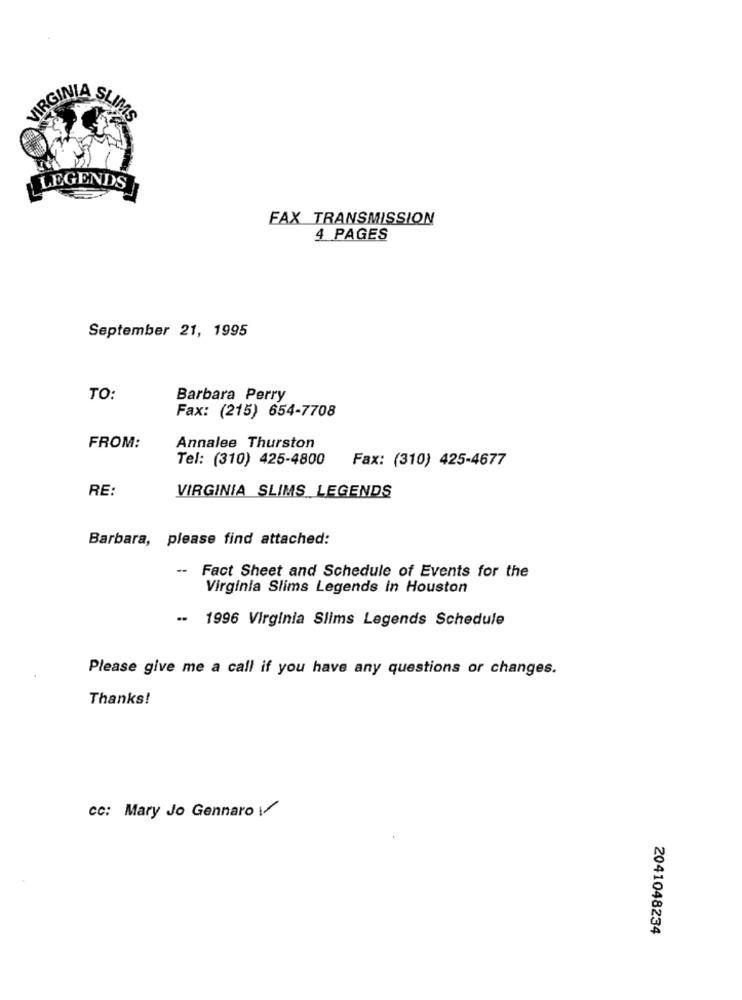
VIRGINIA S
LEGENDS
FAX TRANSMISSION
4 PAGES
September 21, 1995
TO:
Barbara Perry
Fax: (215) 654-7708
FROM:
Annalee Thurston
Tel: (310) 425-4800
Fax: (310) 425-4677
RE:
VIRGINIA SLIMS LEGENDS
Barbara, please find attached:
Fact Sheet and Schedule of Events for the
Virginia Slims Legends In Houston
-- 1996 Virginia Slims Legends Schedule
Please give me a call if you have any questions or changes.
Thanks!
cc: Mary Jo Gennaro
2041048234